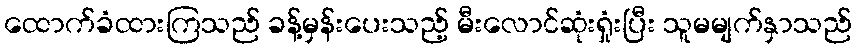
ထောက်ခံထားကြသည် ခန့်မှန်းပေးသည့် မီးလောင်ဆုံးရှုံးပြီး သူမမျက်နှာသည်